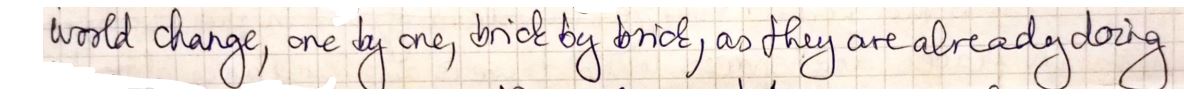
World change, one by one, trick by trick, as they are already doing